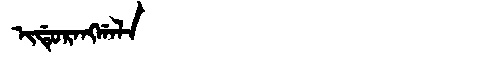
Manchu: ᡳᡩᡠᡵᠠᠩᡤᠠᠯᠠ
Romanization: IDURANGGALA